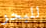
للبحر